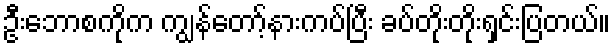
ဦးဘောစကိုက ကျွန်တော့်နားကပ်ပြီး ခပ်တိုးတိုးရှင်းပြတယ်။